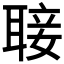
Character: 𮋵